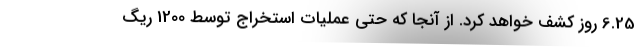
6.25 روز کشف خواهد کرد. از آنجا که حتی عملیات استخراج توسط 1200 ریگ